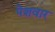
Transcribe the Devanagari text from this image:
पेशवार